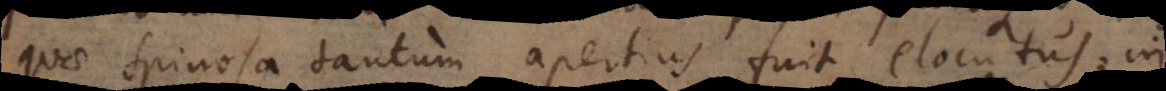
quae Spinosa tantum apertius fuit elocutus; in